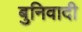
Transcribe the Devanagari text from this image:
बुनिवादी